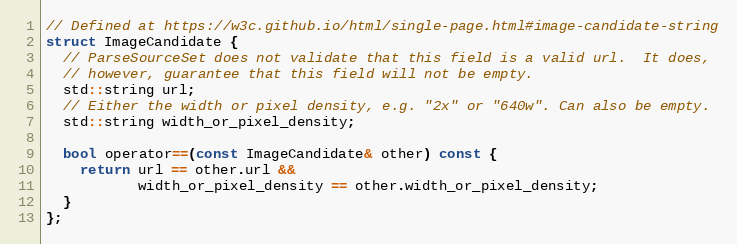
Language: C
// Defined at https://w3c.github.io/html/single-page.html#image-candidate-string
struct ImageCandidate {
  // ParseSourceSet does not validate that this field is a valid url.  It does,
  // however, guarantee that this field will not be empty.
  std::string url;
  // Either the width or pixel density, e.g. "2x" or "640w". Can also be empty.
  std::string width_or_pixel_density;

  bool operator==(const ImageCandidate& other) const {
    return url == other.url &&
           width_or_pixel_density == other.width_or_pixel_density;
  }
};